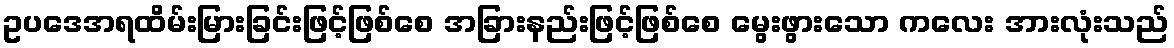
ဥပဒေအရထိမ်းမြားခြင်းဖြင့်ဖြစ်စေ အခြားနည်းဖြင့်ဖြစ်စေ မွေးဖွားသော ကလေး အားလုံးသည်